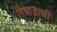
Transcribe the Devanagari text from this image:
गिधाडाची